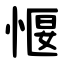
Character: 愝